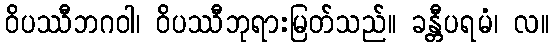
ဝိပဿီဘဂဝါ၊ ဝိပဿီဘုရားမြတ်သည်။ ခန္တီပရမံ၊ လ။